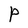
Character: P